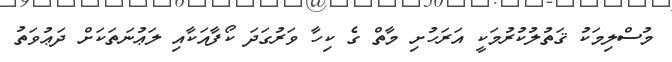
މުސްލިމަކު ޤަތުލުކުރުމަކީ އަރަހުށި މާތް ގެ ކިހާ ވަރުގަދަ ކޯފާއަކާއި ލަޢުނަތަކަށް ދަޢުވަތު